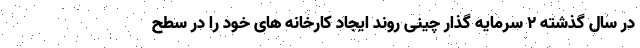
در سال گذشته ۲ سرمایه گذار چینی روند ایجاد کارخانه های خود را در سطح